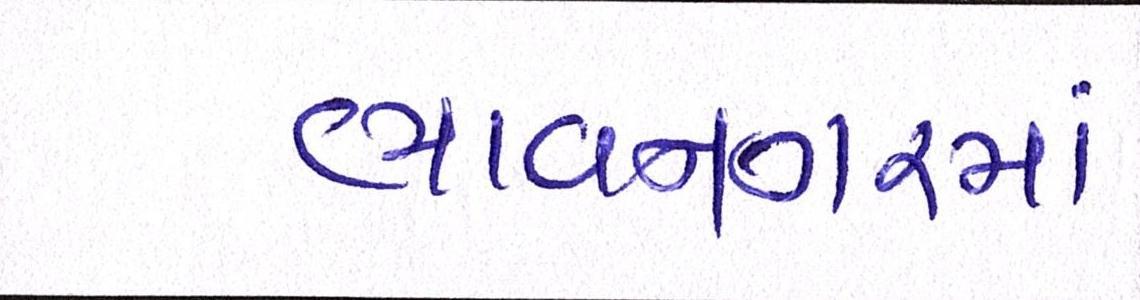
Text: ભાવનગરમાં